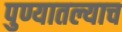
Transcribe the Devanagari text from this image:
पुण्यातल्याच